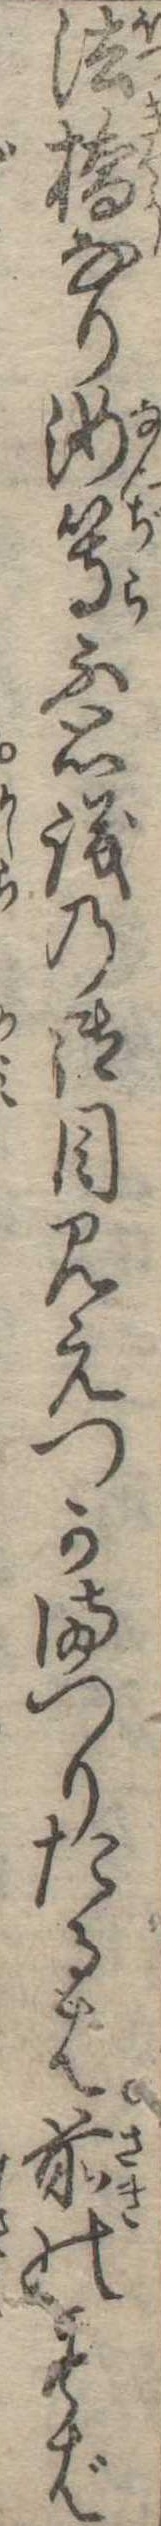
法橋なり汝等不思議の御目見えつかまつりたるは前のば